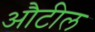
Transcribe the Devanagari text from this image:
औटील